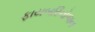
ફાયબરિનોજન